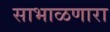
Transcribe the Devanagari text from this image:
साभाळणारा